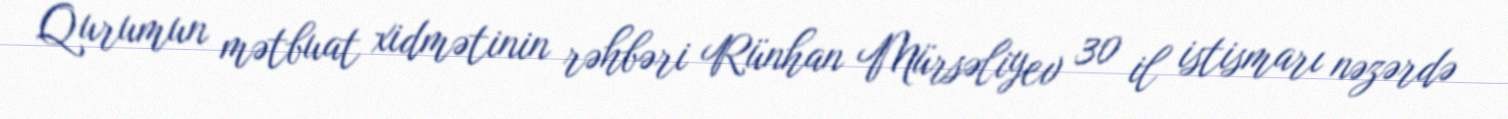
Qurumun mətbuat xidmətinin rəhbəri Rünhan Mürsəliyev 30 il istismarı nəzərdə